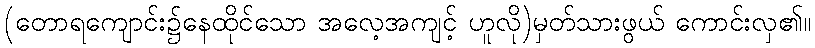
(တောရကျောင်း၌နေထိုင်သော အလေ့အကျင့် ဟူလို)မှတ်သားဖွယ် ကောင်းလှ၏။